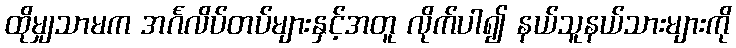
ထိုမျှသာမက အင်္ဂလိပ်တပ်များနှင့်အတူ လိုက်ပါ၍ နယ်သူနယ်သားများကို